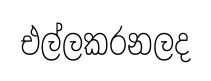
එල්ලකරනලද